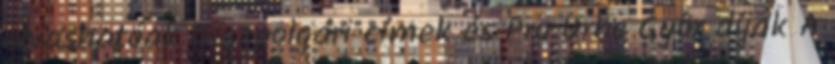
olvashatóak Díszpolgári címek és Pro Urbe Gyôr díjak A